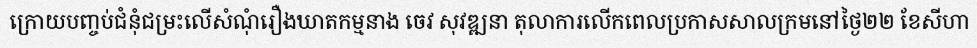
ក្រោយបញ្ចប់ជំនុំជម្រះលើសំណុំរឿងឃាតកម្មនាង ចេវ សុវឌ្ឍនា តុលាការលើកពេលប្រកាសសាលក្រមនៅថ្ងៃ២២ ខែសីហា